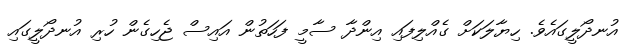
އުނދޯލީގައެވެ. ހިޔާލަކަށް ގެއްލިފައި އިންދާ ސާމީ ފަހަތުން އައިސް ޖެހިގެން ހުރި އުނދޯލީގައި